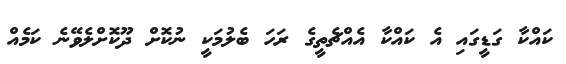
ކައްކާ ގަޑީގައި އެ ކައްކާ އެއްޗެތީގެ ރަހަ ބެލުމަކީ ނުކޮށް ދޫކޮށްލެވޭނެ ކަމެއް